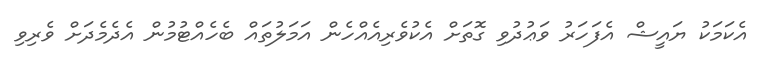
އެކަމަކު ޔައީޝް އެފަހަރު ވަޢުދުވި ގޮތަށް އެކުވެރިއެއްހެން އަމަލުތައް ބެހެއްޓުމުން އެދެމެދަށް ވެރިވި